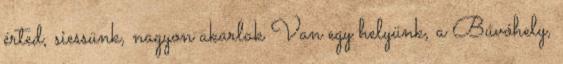
érted, siessünk, nagyon akarlak Van egy helyünk, a Búvóhely,